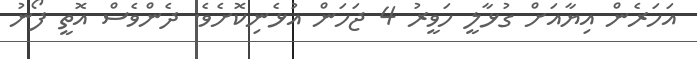
އަހަރެން އިޔާއަށް ގުޅާލީ ހަވީރު 4 ޖަހަން އުޅެނިކޮށެވެ. ދެންވެސް އޮތީ ފޯނު